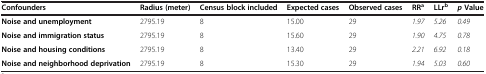
<table><thead><tr><td><b>Confounders</b></td><td><b>Radius (meter)</b></td><td><b>Census block included</b></td><td><b>Expected cases</b></td><td><b>Observed cases</b></td><td><b>RR<sup>a</sup></b></td><td><b>LLr<sup>b</sup></b></td><td><b><i>p </i>Value</b></td></tr></thead><tbody><tr><td><b>Noise and unemployment</b></td><td>2795.19</td><td>8</td><td>15.00</td><td>29</td><td><i>1.97</i></td><td><i>5.26</i></td><td><i>0.49</i></td></tr><tr><td><b>Noise and immigration status</b></td><td>2795.19</td><td>8</td><td>15.60</td><td>29</td><td><i>1.90</i></td><td><i>4.75</i></td><td><i>0.78</i></td></tr><tr><td><b>Noise and housing conditions</b></td><td>2795.19</td><td>8</td><td>13.40</td><td>29</td><td><i>2.21</i></td><td><i>6.92</i></td><td><i>0.18</i></td></tr><tr><td><b>Noise and neighborhood deprivation</b></td><td>2795.19</td><td>8</td><td>15.30</td><td>29</td><td><i>1.94</i></td><td><i>5.03</i></td><td><i>0.60</i></td></tr></tbody></table>